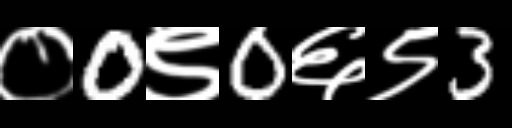
Text: ०0९0६९3